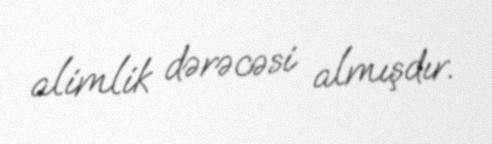
alimlik dərəcəsi almışdır.